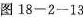
图18-2-13